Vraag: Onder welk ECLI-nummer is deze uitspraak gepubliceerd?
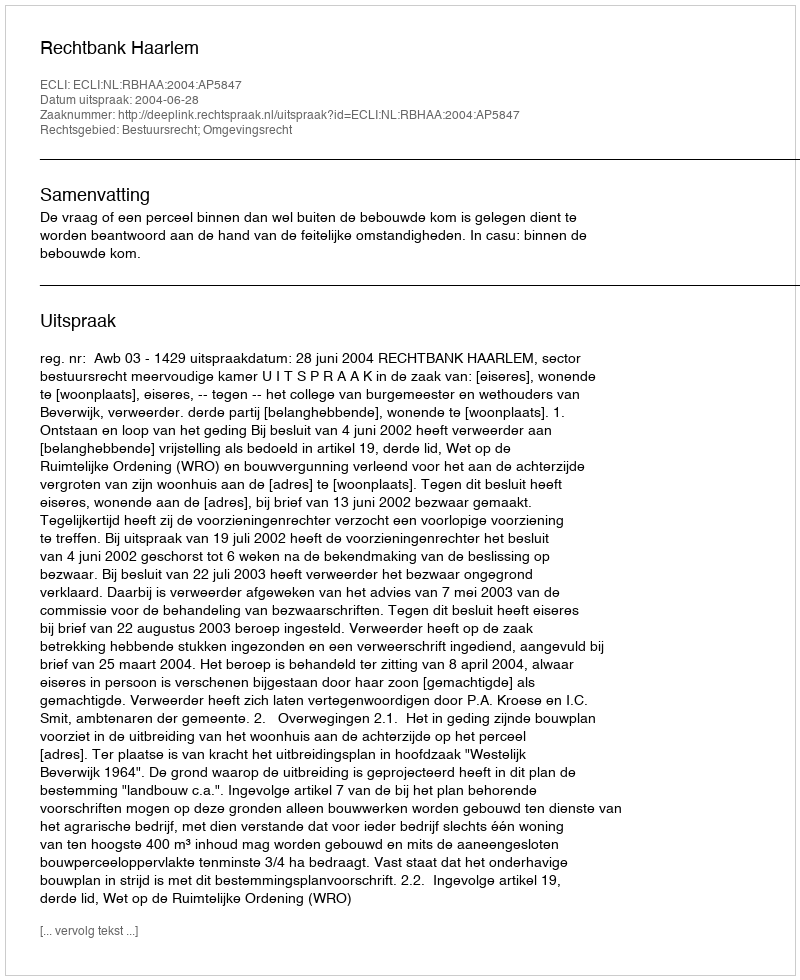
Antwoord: ECLI:NL:RBHAA:2004:AP5847